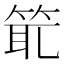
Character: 𥭙